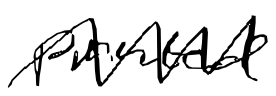
Text: printed
Cross-out: zig-zag
Writing tool: digital_black